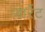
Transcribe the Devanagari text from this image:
जार्रेट